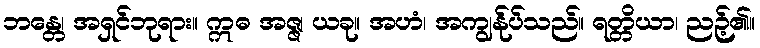
ဘန္တေ၊ အရှင်ဘုရား။ ဣဓ အဇ္ဇ၊ ယခု။ အဟံ၊ အကျွန်ုပ်သည်။ ရတ္တိယာ၊ ညဉ့်၏။